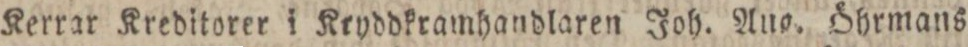
Kerrar Kreditorer i Kryddkramhandlaren Joh. Aug. Öhrmans